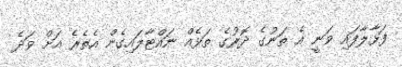
ފަޅާލާފައި ވަނީ އެ ތަނުގެ ދޮރުގެ ތަޅެއް ނައްޓާލައިގެން އެތެރެ އަށް ވަދެ